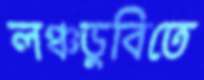
লঞ্চডুবিতে